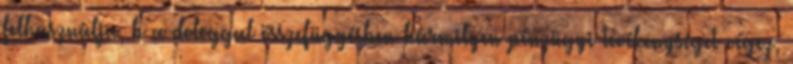
felhasználja, b a dologgal összefüggésben bármilyen pénzügyi tevékenységet végez,